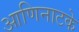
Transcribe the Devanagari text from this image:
आणिनाटके